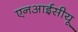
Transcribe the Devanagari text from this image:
एनआईसीयू